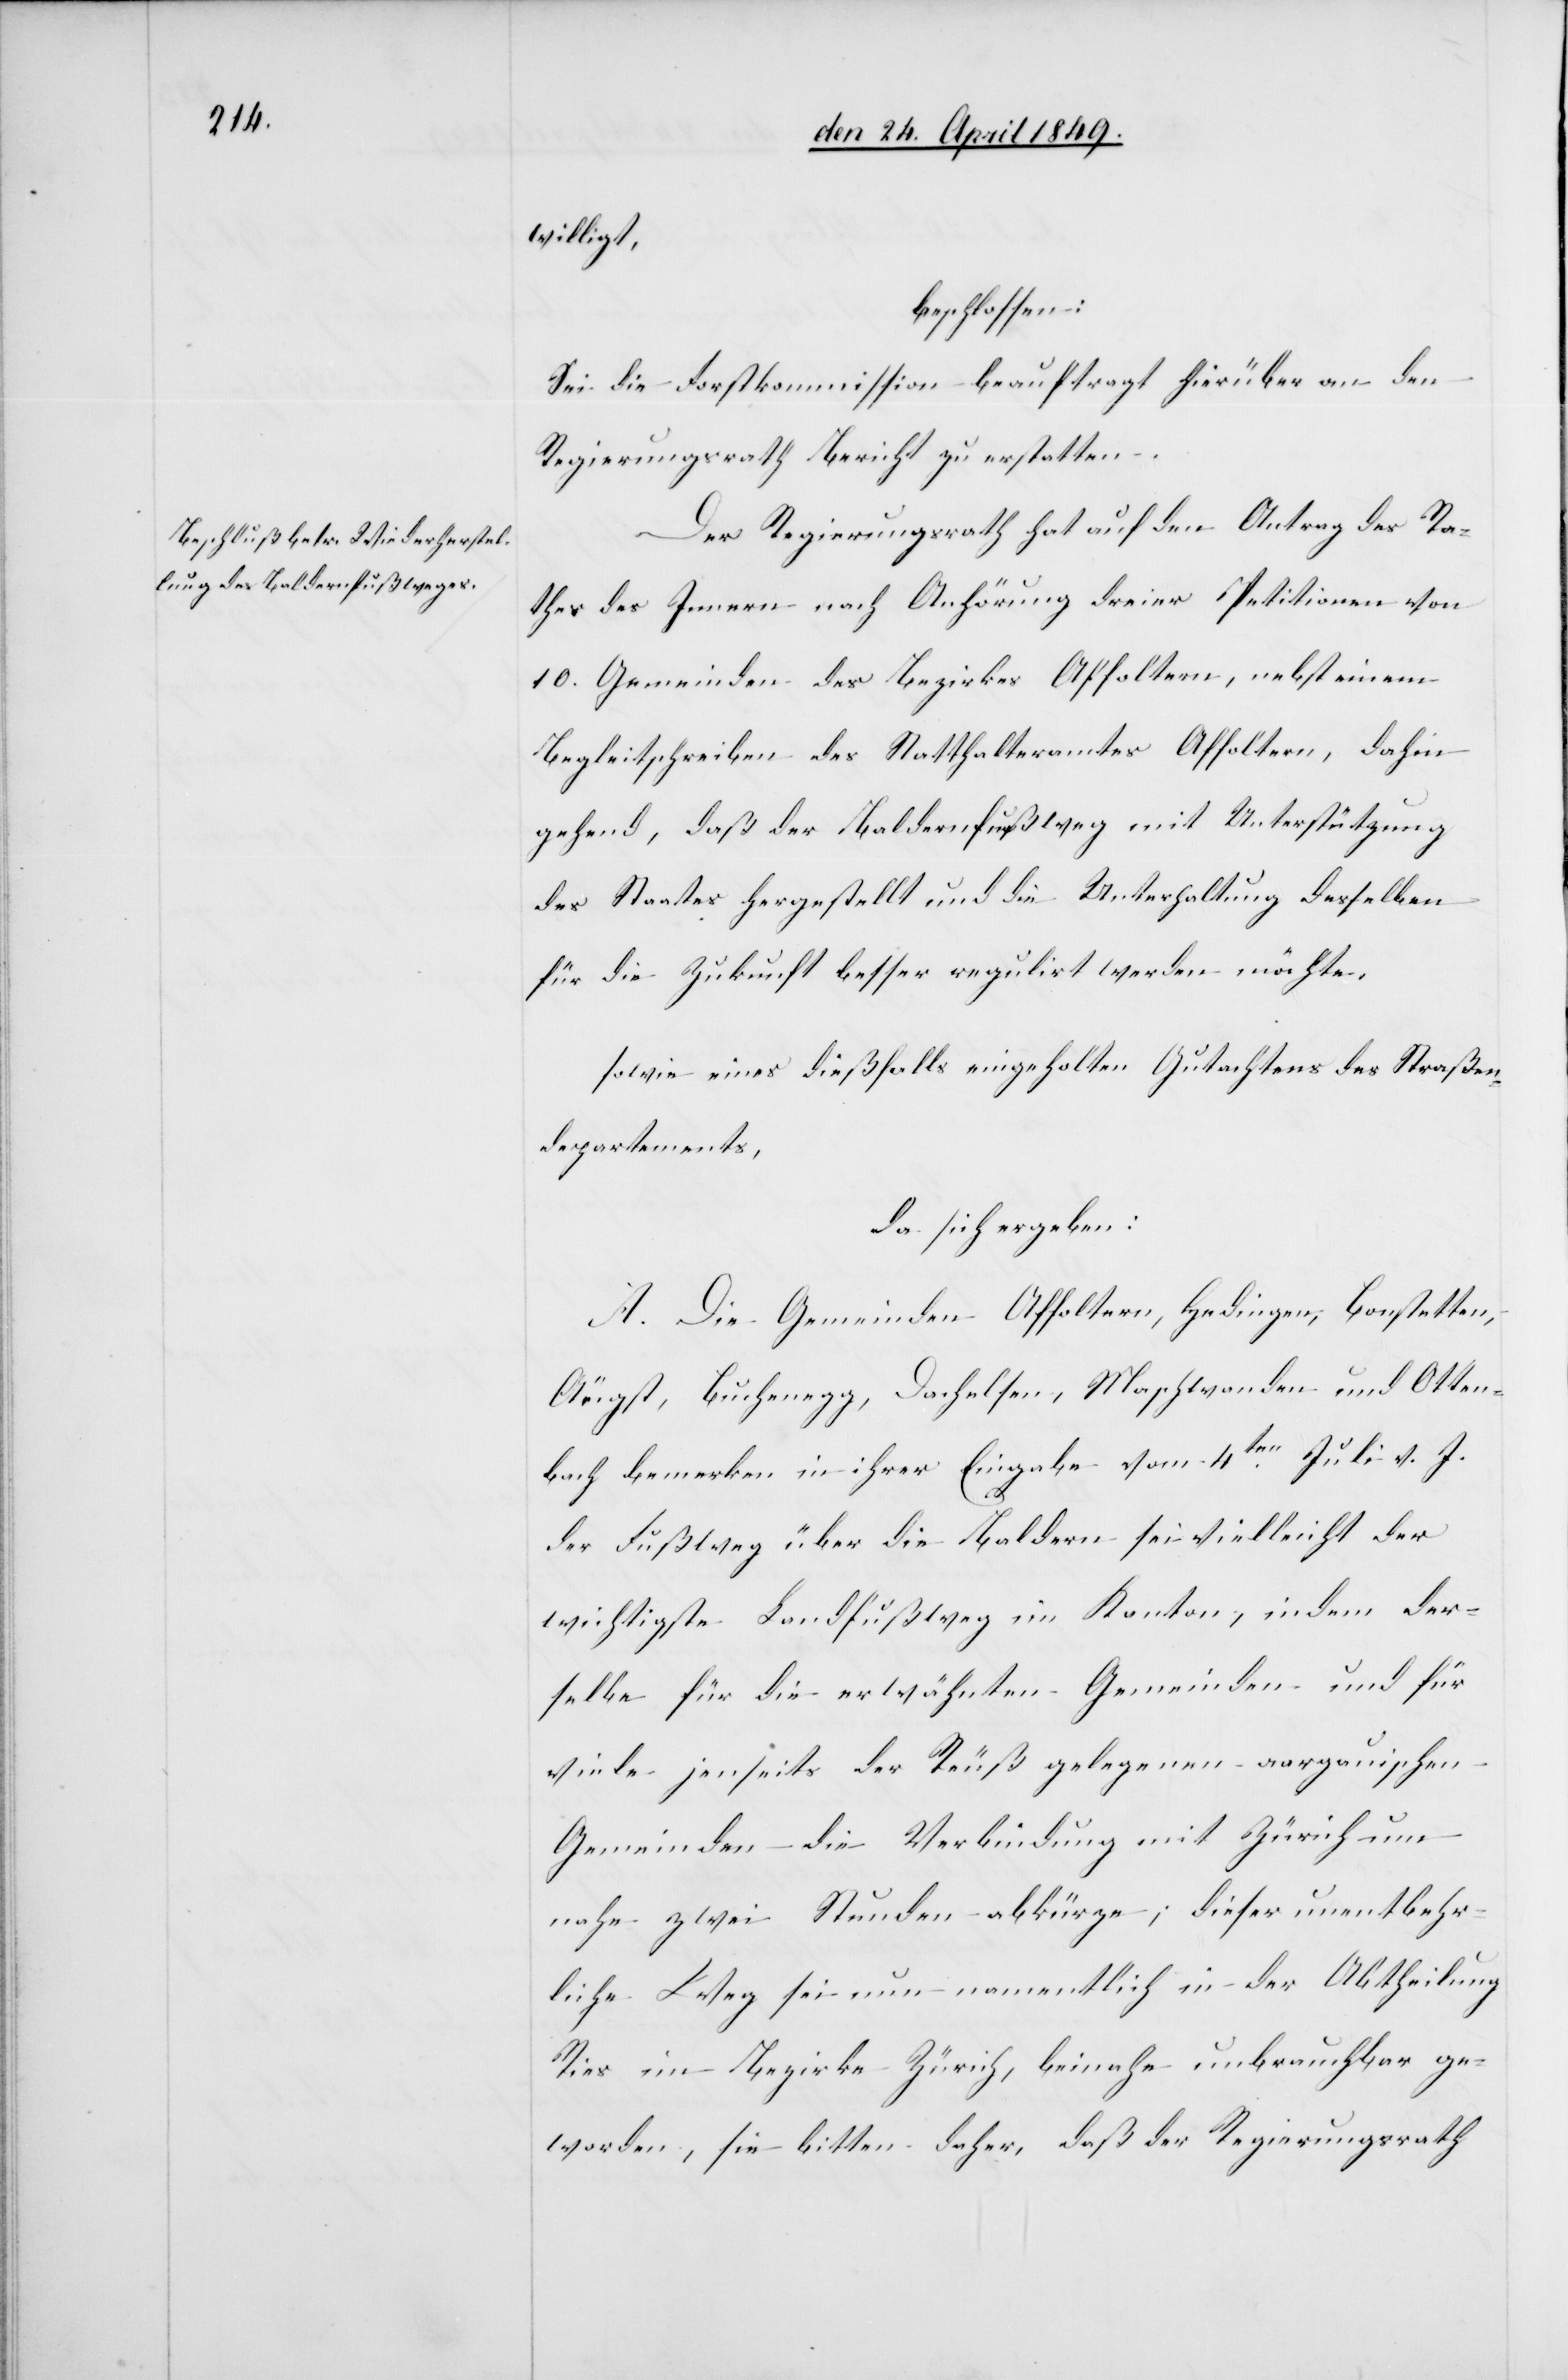
willigt,
beschlossen:
Sei die Forstkommission beauftragt hierüber an den
Regierungsrath Bericht zu erstatten.
Der Regierungsrath hat auf den Antrag des Ra¬
thes des Innern nach Anhörung dreier Petitionen von
10. Gemeinden des Bezirkes Affoltern, nebst einem
Begleitschreiben des Statthalteramtes Affoltern, dahin¬
gehend, daß der Baldernfußweg mit Unterstützung
des Staates hergestellt und die Unterhaltung desselben
für die Zukunft besser regulirt werden möchte,
sowie eines dießfalls eingeholten Gutachtens des Straßen¬
departements,
da sich ergeben:
A. Die Gemeinde Affoltern, Hedingen, Bonstetten,
Aeugst, Buchenegg, Dachelsen, Maschwanden und Otten¬
bach bemerken in ihrer Eingabe vom 4ten Juli v. J.
der Fußweg über die Baldern sei vielleicht der
wichtigste Landfußweg im Kanton, indem der¬
selbe für die erwähnten Gemeinden und für
viele jenseits der Reuß gelegenen aargauischen
Gemeinden die Verbindung mit Zürich um
nahe zwei Stunden abkürze; dieser unentbehr¬
liche Weg sei nun namentlich in der Abtheilung
Ries im Bezirke Zürich, beinahe unbrauchbar ge¬
worden, sie bitten daher, daß der Regierungsrath